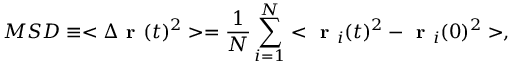
M S D \equiv < \Delta \textbf { r } ( t ) ^ { 2 } > = \frac { 1 } { N } \sum _ { i = 1 } ^ { N } < \textbf { r } _ { i } ( t ) ^ { 2 } - \textbf { r } _ { i } ( 0 ) ^ { 2 } > ,